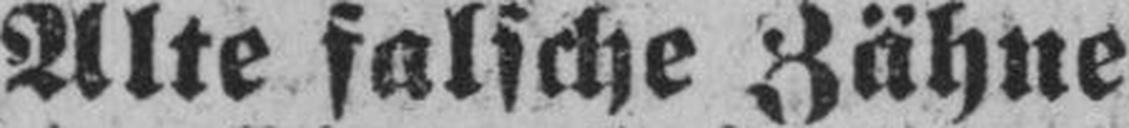
Alte falsche Zähne